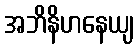
အဘိနိဟနေယျ